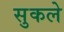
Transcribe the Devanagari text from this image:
सुकले